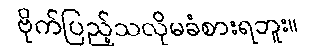
ဗိုက်ပြည့်သလိုမခံစားရဘူး။